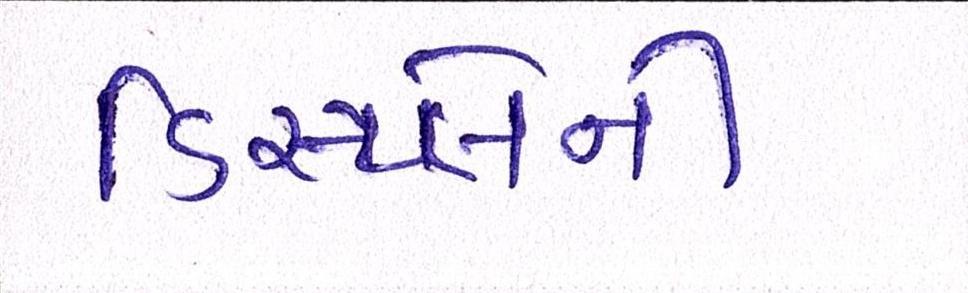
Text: ડિસ્પ્લેની